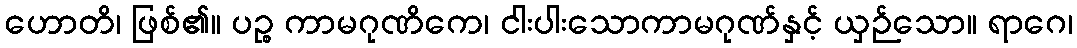
ဟောတိ၊ ဖြစ်၏။ ပဉ္စ ကာမဂုဏိကေ၊ ငါးပါးသောကာမဂုဏ်နှင့် ယှဉ်သော။ ရာဂေ၊